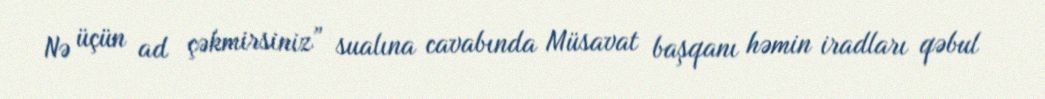
Nə üçün ad çəkmirsiniz” sualına cavabında Müsavat başqanı həmin iradları qəbul